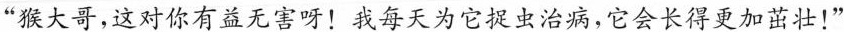
”猴大哥，这对你有益无害呀！我每天为它捉虫治病，它会长得更加茁壮！”